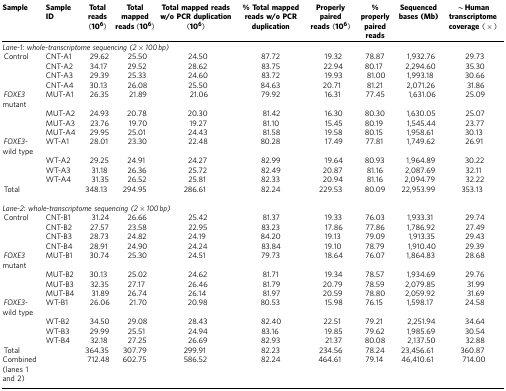
<table><thead><tr><td><b>Sample</b></td><td><b>Sample ID</b></td><td><b>Total reads (10<sup>6</sup>)</b></td><td><b>Total mapped reads (10<sup>6</sup>)</b></td><td><b>Total mapped reads w/o PCR duplication (10<sup>6</sup>)</b></td><td><b>% Total mapped reads w/o PCR duplication</b></td><td><b>Properly paired reads (10<sup>6</sup>)</b></td><td><b>% properly paired reads</b></td><td><b>Sequenced bases (Mb)</b></td><td><b>∼Human transcriptome coverage (×)</b></td></tr></thead><tbody><tr><td colspan="10"><i>Lane-1: whole-transcriptome sequencing (2 × 100 bp)</i></td></tr><tr><td> Control</td><td>CNT-A1</td><td>29.62</td><td>25.50</td><td>24.50</td><td>87.72</td><td>19.32</td><td>78.87</td><td>1,932.76</td><td>29.73</td></tr><tr><td> </td><td>CNT-A2</td><td>34.17</td><td>29.52</td><td>28.62</td><td>83.75</td><td>22.94</td><td>80.17</td><td>2,294.60</td><td>35.30</td></tr><tr><td> </td><td>CNT-A3</td><td>29.39</td><td>25.33</td><td>24.60</td><td>83.72</td><td>19.93</td><td>81.00</td><td>1,993.18</td><td>30.66</td></tr><tr><td> </td><td>CNT-A4</td><td>30.13</td><td>26.08</td><td>25.50</td><td>84.63</td><td>20.71</td><td>81.21</td><td>2,071.26</td><td>31.86</td></tr><tr><td> <i>FOXE3</i> mutant</td><td>MUT-A1</td><td>26.35</td><td>21.89</td><td>21.06</td><td>79.92</td><td>16.31</td><td>77.45</td><td>1,631.06</td><td>25.09</td></tr><tr><td> </td><td>MUT-A2</td><td>24.93</td><td>20.78</td><td>20.30</td><td>81.42</td><td>16.30</td><td>80.30</td><td>1,630.05</td><td>25.07</td></tr><tr><td> </td><td>MUT-A3</td><td>23.76</td><td>19.70</td><td>19.27</td><td>81.10</td><td>15.45</td><td>80.19</td><td>1,545.44</td><td>23.77</td></tr><tr><td> </td><td>MUT-A4</td><td>29.95</td><td>25.01</td><td>24.43</td><td>81.58</td><td>19.58</td><td>80.15</td><td>1,958.61</td><td>30.13</td></tr><tr><td> <i>FOXE3</i>-wild type</td><td>WT-A1</td><td>28.01</td><td>23.30</td><td>22.48</td><td>80.28</td><td>17.49</td><td>77.81</td><td>1,749.62</td><td>26.91</td></tr><tr><td> </td><td>WT-A2</td><td>29.25</td><td>24.91</td><td>24.27</td><td>82.99</td><td>19.64</td><td>80.93</td><td>1,964.89</td><td>30.22</td></tr><tr><td> </td><td>WT-A3</td><td>31.18</td><td>26.36</td><td>25.72</td><td>82.49</td><td>20.87</td><td>81.16</td><td>2,087.69</td><td>32.11</td></tr><tr><td> </td><td>WT-A4</td><td>31.35</td><td>26.52</td><td>25.81</td><td>82.33</td><td>20.94</td><td>81.16</td><td>2,094.79</td><td>32.22</td></tr><tr><td> Total</td><td> </td><td>348.13</td><td>294.95</td><td>286.61</td><td>82.24</td><td>229.53</td><td>80.09</td><td>22,953.99</td><td>353.13</td></tr><tr><td> </td><td> </td><td> </td><td> </td><td> </td><td> </td><td> </td><td> </td><td> </td><td> </td></tr><tr><td colspan="10"><i>Lane-2: whole-transcriptome sequencing (2 × 100 bp)</i></td></tr><tr><td> Control</td><td>CNT-B1</td><td>31.24</td><td>26.66</td><td>25.42</td><td>81.37</td><td>19.33</td><td>76.03</td><td>1,933.31</td><td>29.74</td></tr><tr><td> </td><td>CNT-B2</td><td>27.57</td><td>23.58</td><td>22.95</td><td>83.23</td><td>17.86</td><td>77.86</td><td>1,786.92</td><td>27.49</td></tr><tr><td> </td><td>CNT-B3</td><td>28.73</td><td>24.82</td><td>24.19</td><td>84.20</td><td>19.13</td><td>79.09</td><td>1,913.35</td><td>29.43</td></tr><tr><td> </td><td>CNT-B4</td><td>28.91</td><td>24.90</td><td>24.24</td><td>83.84</td><td>19.10</td><td>78.79</td><td>1,910.40</td><td>29.39</td></tr><tr><td> <i>FOXE3</i> mutant</td><td>MUT-B1</td><td>30.74</td><td>25.30</td><td>24.51</td><td>79.73</td><td>18.64</td><td>76.07</td><td>1,864.83</td><td>28.68</td></tr><tr><td> </td><td>MUT-B2</td><td>30.13</td><td>25.02</td><td>24.62</td><td>81.71</td><td>19.34</td><td>78.57</td><td>1,934.69</td><td>29.76</td></tr><tr><td> </td><td>MUT-B3</td><td>32.35</td><td>27.17</td><td>26.46</td><td>81.79</td><td>20.79</td><td>78.59</td><td>2,079.85</td><td>31.99</td></tr><tr><td> </td><td>MUT-B4</td><td>31.89</td><td>26.74</td><td>26.14</td><td>81.97</td><td>20.59</td><td>78.80</td><td>2,059.92</td><td>31.69</td></tr><tr><td> <i>FOXE3</i>-wild type</td><td>WT-B1</td><td>26.06</td><td>21.70</td><td>20.98</td><td>80.53</td><td>15.98</td><td>76.15</td><td>1,598.17</td><td>24.58</td></tr><tr><td> </td><td>WT-B2</td><td>34.50</td><td>29.08</td><td>28.43</td><td>82.40</td><td>22.51</td><td>79.21</td><td>2,251.94</td><td>34.64</td></tr><tr><td> </td><td>WT-B3</td><td>29.99</td><td>25.51</td><td>24.94</td><td>83.16</td><td>19.85</td><td>79.62</td><td>1,985.69</td><td>30.54</td></tr><tr><td> </td><td>WT-B4</td><td>32.18</td><td>27.25</td><td>26.69</td><td>82.93</td><td>21.37</td><td>80.08</td><td>2,137.50</td><td>32.88</td></tr><tr><td> Total</td><td> </td><td>364.35</td><td>307.79</td><td>299.91</td><td>82.23</td><td>234.56</td><td>78.24</td><td>23,456.61</td><td>360.87</td></tr><tr><td>Combined (lanes 1 and 2)</td><td> </td><td>712.48</td><td>602.75</td><td>586.52</td><td>82.24</td><td>464.61</td><td>79.14</td><td>46,410.61</td><td>714.00</td></tr></tbody></table>